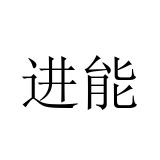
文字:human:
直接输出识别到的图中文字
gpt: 进能